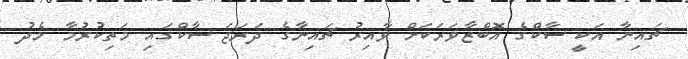
ޗައިނާ އަކީ ސާކްގެ އޮބްޒާވަރަކަށް ވާއިރު ޗައިނާގެ ދަރަޖަ ސާކްގައި މަތިކުރުމާ މެދު